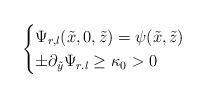
LaTeX: \begin{align*}\begin{cases} \Psi_{r,l}(\tilde x,0,\tilde z)=\psi(\tilde x,\tilde z)\\ \pm\partial_{\tilde y}\Psi_{r.l}\ge \kappa_0>0\end{cases}\end{align*}